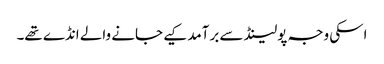
اسکی وجہ پولینڈ سے برآمد کیے جانے والے انڈے تھے۔